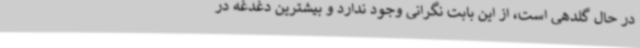
در حال گلدهی است، از این بابت نگرانی وجود ندارد و بیشترین دغدغه در